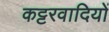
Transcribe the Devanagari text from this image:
कट्टरवादियों